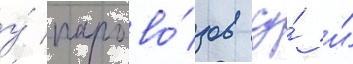
у́ парово́зов су́ и́